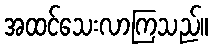
အထင်သေးလာကြသည်။